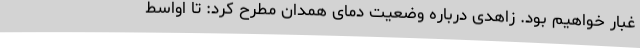
غبار خواهیم بود. زاهدی درباره وضعیت دمای همدان مطرح کرد: تا اواسط